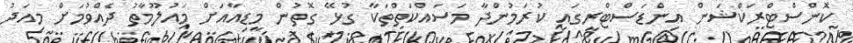
ކޮންސްޓްރަކްޝަން އިންޑަސްޓްރީގައި ކުރަމުންދާ މަސައްކަތްތަކާ ގުޅޭ ގޮތުން މީޑިއާއަށް މައުލޫމާތު ދެއްވުމަށް މިއަދު